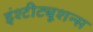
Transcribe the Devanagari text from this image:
इंश्टीट्यूशन्स